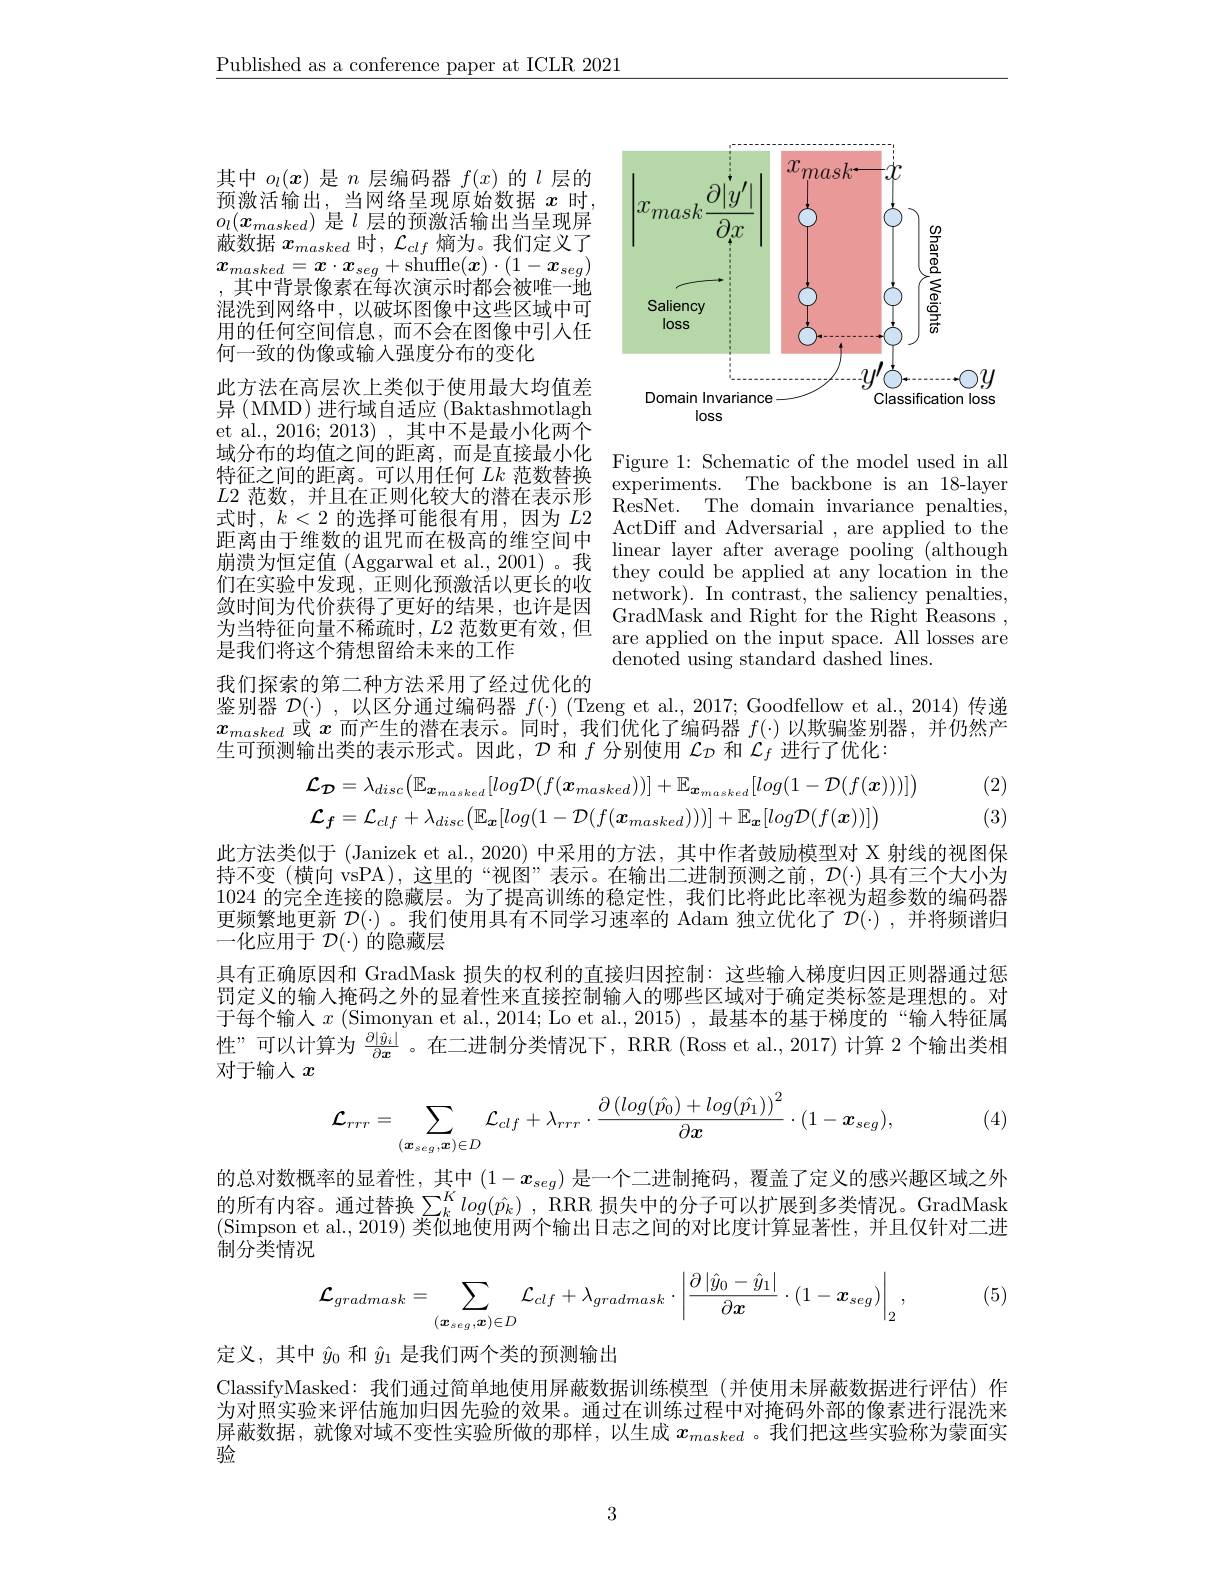
Published as a conference paper at ICLR 2021

<FigureHere>
loss

其中$o_l(x)$是$n$层编码器$f(x)$的$l$层的预激活输出，当网络呈现原始数据$x$时， $\begin{array}{l}o_{l}(\boldsymbol{x}_{masked})\text{ 是 }l\text{ 层的预激活输出当呈现屏}\\\text{蔽数据 }\boldsymbol{x}_{masked}\text{ 时 },\mathcal{L}_{clf}\text{ 熵为。我们定义了}\end{array}$ $x_{masked}=\boldsymbol{x}\cdot\boldsymbol{x}_{seg}+$shuffle$(\boldsymbol x)\cdot(1-\boldsymbol{x}_{seg})$ ,其中背景像素在每次演示时都会被唯一地混洗到网络中，以破坏图像中这些区域中可用的任何空间信息，而不会在图像中引入任何一致的伪像或输入强度分布的变化
此方法在高层次上类似于使用最大均值差异 (MMD) 进行域自适应 (Baktashmotlagh et al., 2016; 2013) , 其中不是最小化两个域 分 布 的 均 值 之 间 的 距 离 , 而 是 直 接 最 小 化 Figure 1: Schematic of the model used in all 杜 征 之 问 的 呢 商 可 以 用 任 何 $U_{k\text{ 范 数 挂 }k\text{ 范 数 基 }k\text{ b is treure }}$ fre model used in all $\begin{array}{llll}\text{特征之间的距离。可以用任何 }Lk\text{ 范数替换}&\mathrm{rgue~1.~onenatc~o~the~node~used~n~an}\\L2\text{ 范数，并且在正则化较大的潜在表示形}&\mathrm{experiments.~The~backbone~is~an~18-layen}\\\end{array}$ 式 时 , $k< 2$ 的 选 择 可 能 很 有 用 , 因 为 $L2$ResNet. 111e unnalin Invalince pelanues, 距 离 由 于 维 数 的 诅 咒 而 在 极 高 的 维 空 间 中 ActDiff and Adversarial, are applied to thes, 崩 溃 为 恒 定 值 ( Aggarwal et al. 2001) 。我 linear layer after average pooling ( although 们 在 实 验 中 发 现 , 正 则 化 预 激 活 以 更 长 的 收 they 敛 时 间 为 代 价 获 得 了 更 好 的 结 果 , 也 许 是 因 ${\mathrm{metwork}}) .$ m tonuast, the salency pelantes, 为 当 特 征 向 量 不 稀 疏 时 , L2 范 数 更 有 效 , 但 ${\mathrm{GradMask~and~Right~for~the~Right~Reasons~, }}$ 最 我 们 将 这 个 猜 想 留 给 未 来 的 工 作 ${\mathrm{are~applied~on~the~input~space. ~All~losses~are}}$ 是 我 们 将 这 个 精 想 留 给 未 来 的 工 作 ${\mathrm{are~applied~on~th}}$ 是我们将这个猜想留给未来的工作
我们探索的第二种方法采用了经过优化的
鉴别器$\mathcal{D}(\cdot)$ ,以区分通过编码器$f(\cdot)$ (Tzeng et al, 2017; Goodfellow et al., 2014) 传递

ResNet. The domain invariance penalties,
$\tilde{\text{denoted using standard dashed lines.}}$

$x_{masked}$或$x$而产生的潜在表示。同时，我们优化了编码器$f(\cdot)$以欺骗鉴别器，并仍然产
生可预测输出类的表示形式。因此，$\mathcal{D}$和$f$分别使用$\mathcal{L}_{\mathcal{D}}$和$\mathcal{L}_f$进行了优化：
$$\mathcal{L}_{\mathcal{D}}=\lambda_{disc}\big(\mathbb{E}_{\boldsymbol{x}_{masked}}[log\mathcal{D}(f(\boldsymbol{x}_{masked}))\big]+\mathbb{E}_{\boldsymbol{x}_{masked}}[log(1-\mathcal{D}(f(\boldsymbol{x})))]\big)\\\mathcal{L}_{\boldsymbol{f}}=\mathcal{L}_{clf}+\lambda_{disc}\big(\mathbb{E}_{\boldsymbol{x}}[log(1-\mathcal{D}(f(\boldsymbol{x}_{masked})))\big]+\mathbb{E}_{\boldsymbol{x}}[log\mathcal{D}(f(\boldsymbol{x}))]\big)$$
(2) (3)

此方法类似于 (Janizek et al., 2020) 中采用的方法，其中作者鼓励模型对 X 射线的视图保持不变 (横向 vsPA),这里的“视图”表示。在输出二进制预测之前，$\mathcal{D}(\cdot)$具有三个大小为1024的完全连接的隐藏层。为了提高训练的稳定性，我们比将此比率视为超参数的编码器更频繁地更新$\mathcal{D}(\cdot)$ 。我们使用具有不同学习速率的 Adam 独立优化了$\mathcal{D}(\cdot)$ ,并将频谱归一化应用于$\mathcal{D}(\cdot)$的隐藏层

具有正确原因和 GradMask 损失的权利的直接归因控制：这些输人梯度归因正则器通过惩罚定义的输人掩码之外的显着性来直接控制输入的哪些区域对于确定类标签是理想的。对于每个输人$x$ (Simonyan et al., 2014; Lo et al., 2015) , 最基本的基于梯度的 “输入特征属性”可以计算为$\frac{\partial|\hat{y}_i|}{\partial x}$ 。在二进制分类情况下，RRR (Ross et al., 2017) 计算 2 个输出类相对于输人$x$
$$\mathcal{L}_{rrr}=\sum_{(\boldsymbol{x}_{seg},\boldsymbol{x})\in D}\mathcal{L}_{clf}+\lambda_{rrr}\cdot\frac{\partial\left(log(\hat{p_0})+log(\hat{p_1})\right)^2}{\partial\boldsymbol{x}}\cdot(1-\boldsymbol{x}_{seg}),$$
(4)

的总对数概率的显着性，其中$(1-x_{seg})$是一个二进制掩码，覆盖了定义的感兴趣区域之外的所有内容。通过替换$\sum _k^Klog( \hat{p_k} )$ , RRR 损失中的分子可以扩展到多类情况。GradMask Simpson et al., 2019) 类似地使用两个输出日志之间的对比度计算显著性，并且仅针对二进制分类情况
$$\mathcal{L}_{gradmask}=\sum_{(\boldsymbol{x}_{seg},\boldsymbol{x})\in D}\mathcal{L}_{clf}+\lambda_{gradmask}\cdot\left|\frac{\partial\left|\hat{y}_{0}-\hat{y}_{1}\right|}{\partial\boldsymbol{x}}\cdot(1-\boldsymbol{x}_{seg})\right|_{2},$$
, (5)

定义，其中$\hat{y}_0$和$\hat{y}_1$是我们两个类的预测输出
ClassifyMasked: 我们通过简单地使用屏蔽数据训练模型 (并使用未屏蔽数据进行评估)作为对照实验来评估施加归因先验的效果。通过在训练过程中对掩码外部的像素进行混洗来屏蔽数据，就像对域不变性实验所做的那样，以生成$x_{masked}$ 。我们把这些实验称为蒙面实验

3